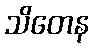
သိတေန